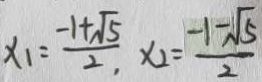
x _ { 1 } = \frac { - 1 + \sqrt { 5 } } { 2 } , x _ { 2 } = \frac { - 1 - \sqrt { 5 } } { 2 }